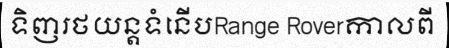
ទិញរថយន្តទំនើបRange Roverកាលពី